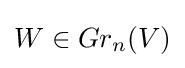
W\in Gr_{n}(V)